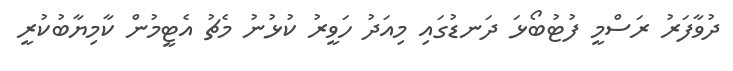
ދުވާފަރު ރަސްމީ ފުޓުބޯޅަ ދަނޑުގައި މިއަދު ހަވީރު ކުޅުނު މެޗު އެޓީމުން ކާމިޔާބުކުރީ